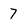
Character: 7